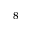
^ { 8 }